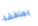
بمناقشة